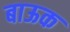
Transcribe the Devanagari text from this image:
बाऊक